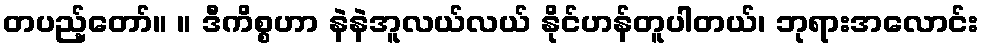
တပည့်တော်။ ။ ဒီကိစ္စဟာ နဲနဲအူလယ်လယ် နိုင်ဟန်တူပါတယ်၊ ဘုရားအလောင်း